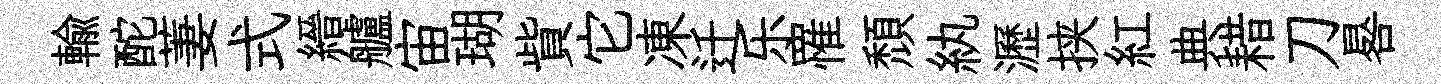
輸酡萋式縉艫宙瑚貲它凍迁乐罹頽紈瀝挟紅典耤刀晷